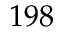
1 9 8